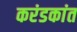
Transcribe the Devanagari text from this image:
करंडकांत